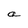
Character: a